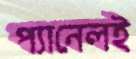
প্যানেলই